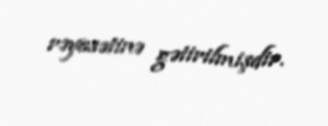
rəyasətinə gətirilmişdir.